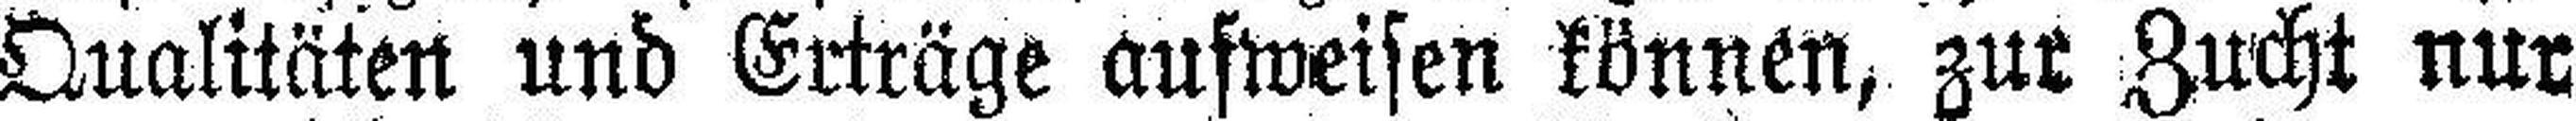
Qualitäten und Erträge aufweisen können, zur Zucht nur